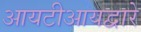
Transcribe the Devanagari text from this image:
आयटीआयद्वारे